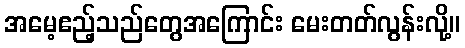
အမေ့ဧည့်သည်တွေအကြောင်း မေးတတ်လွန်းလို့။